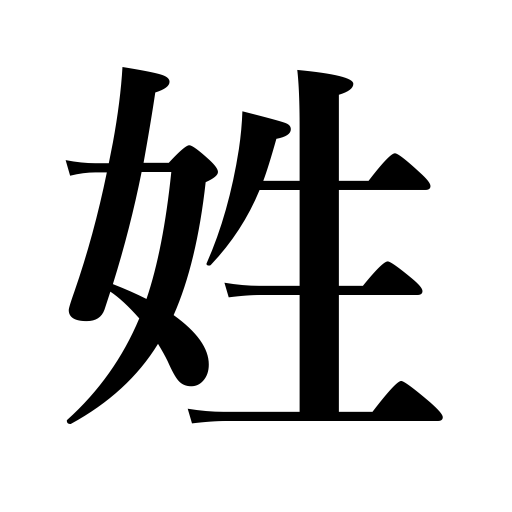
Meanings: family name,surname